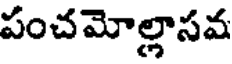
పంచమోల్లాసవ